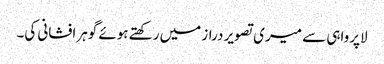
لاپرواہی سے میری تصویر دراز میں رکھتے ہوئے گوہرافشانی کی۔